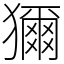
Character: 獮